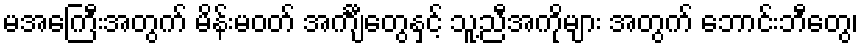
မအေကြီးအတွက် မိန်းမဝတ် အင်္ကျီတွေနှင့် သူ့ညီအကိုများ အတွက် ဘောင်းဘီတွေ၊